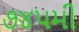
૭૪૫મી